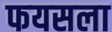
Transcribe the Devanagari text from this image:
फयसला